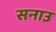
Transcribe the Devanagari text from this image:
सनाउ